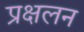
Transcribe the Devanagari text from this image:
प्रक्षलन